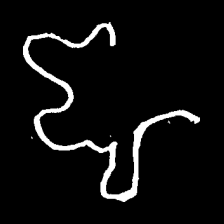
Pyu character \u2014 Myanmar letter: ဈ (romanized: jha)